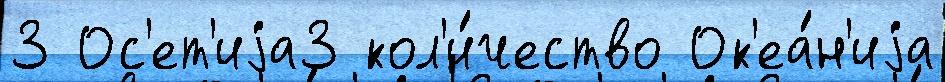
3 Ос'ет'иjа3 кол'и́чество Ок'еа́н'иjа